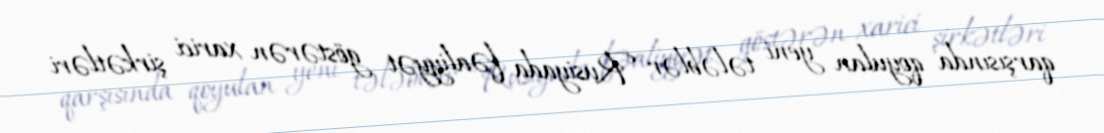
qarşısında qoyulan yeni tələblər Rusiyada fəaliyyət göstərən xarici şirkətləri